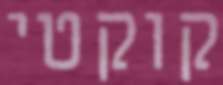
קוקטי